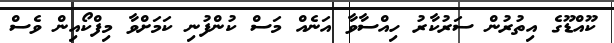
ކޫއްޑޫގެ އިތުރުން ސަރުކާރު ހިއްސާވާ އަނެއް މަސް ކުންފުނި ކަމަށްވާ މިފްކޯއިން ވެސް